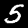
Digit: 5